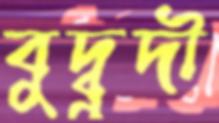
বুদ্বুদী